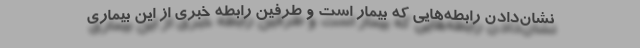
نشان‌دادن رابطه‌هایی که بیمار است و طرفین رابطه خبری از این بیماری